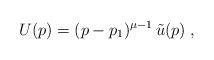
LaTeX: \begin{align*} U(p) = (p-p_1)^{\mu-1} \, \tilde{u}(p) \; ,\end{align*}